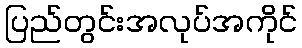
ပြည်တွင်းအလုပ်အကိုင်